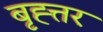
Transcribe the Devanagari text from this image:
बृह्त्तर